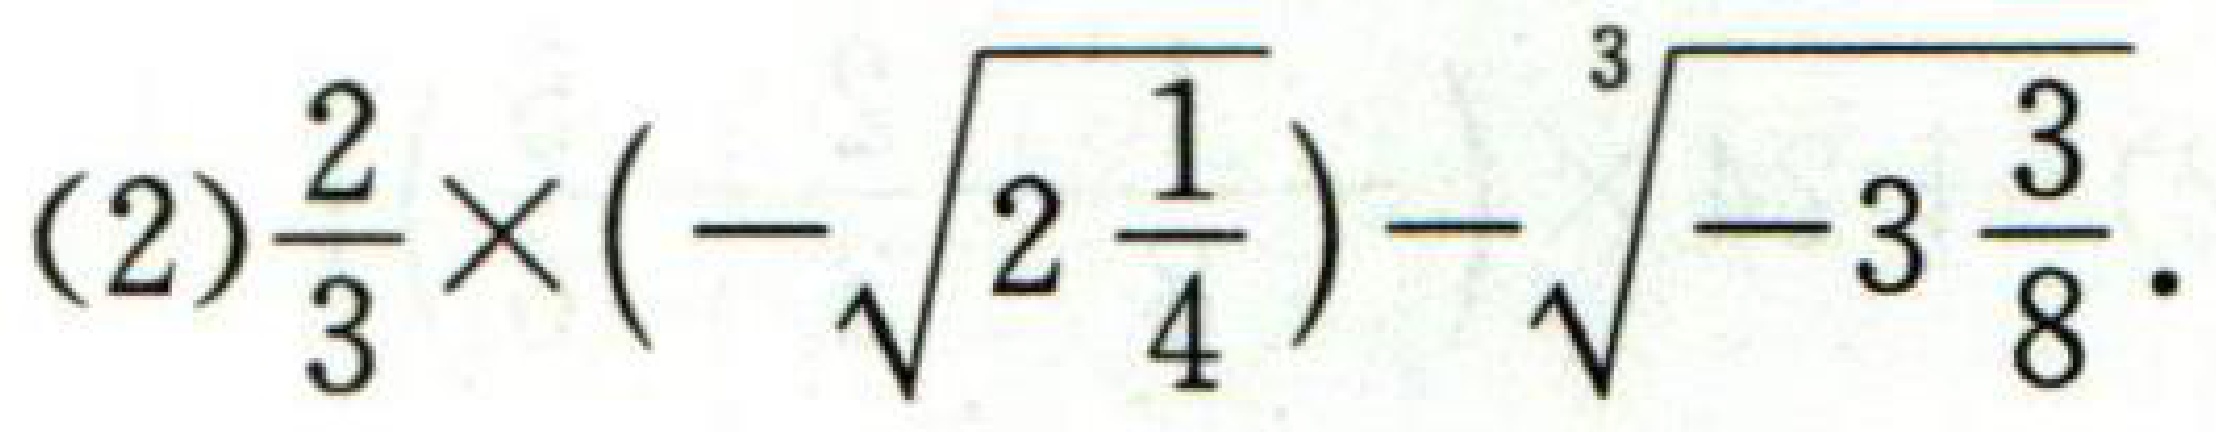
(2)$$\frac{2}{3}\times\left(-\sqrt{2\frac{1}{4}}\right)-\sqrt[3]{-3\frac{3}{8}}.$$